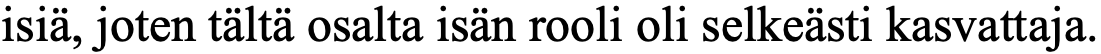
isiä, joten tältä osalta isän rooli oli selkeästi kasvattaja.